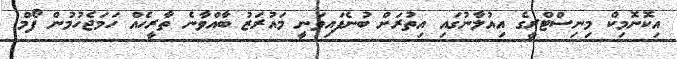
އިކޮނޮމިކް މިނިސްޓްރީގެ އިއުލާނުގައި އިތުރަށް ބުނެފައިވަނީ މައުރަޒު ބާއްވާނެ ތާރީހެއް ހަމަޖެހުމުން ފޯމް